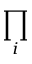
\prod _ { i }